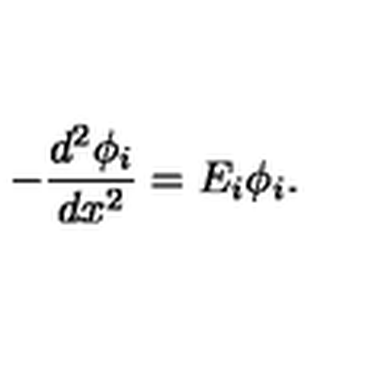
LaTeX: - \frac { d ^ { 2 } \phi _ { i } } { d x ^ { 2 } } = E _ { i } \phi _ { i } .